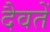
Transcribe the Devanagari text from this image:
दैवतें